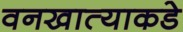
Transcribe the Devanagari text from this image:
वनखात्याकडे